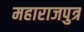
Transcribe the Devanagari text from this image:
महाराजपुत्र